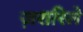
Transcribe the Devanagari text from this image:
ज़रारिले